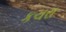
કચરા